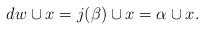
LaTeX: \begin{align*}dw \cup x = j(\beta) \cup x = \alpha \cup x.\end{align*}